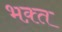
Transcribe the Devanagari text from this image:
भक़्त